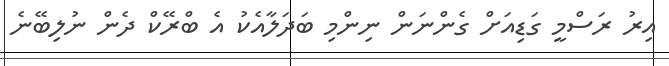
އިރު ރަސްމީ ގަޑިއަށް ގެންނަން ނިންމި ބަދަލާއެކު އެ ބްރޭކް ދެން ނުލިބޭނެ